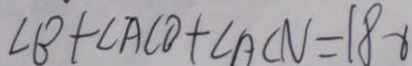
\angle B + \angle A C O + \angle A C N = 1 8 0